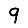
Digit: 9